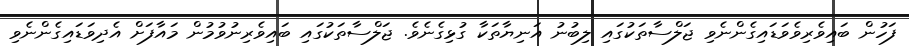
ފަހުން ބައިވެރިވެވަޑައިގެންނެވި ޖަލްސާތަކުގައި ލިބުނު އަނިޔާތަކާ ގުޅިގެނެވެ. ޖަލްސާތަކުގައި ބައިވެރިނުވުމުން މައާފަށް އެދިވަޑައިގެންނެވި